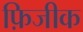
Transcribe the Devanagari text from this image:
फ़िजीक